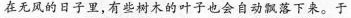
在无风的日子里，有些树木的叶子也会自动飘落下来。于